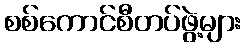
စစ်ကောင်စီတပ်ဖွဲ့များ